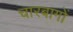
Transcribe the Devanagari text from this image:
चारबागों